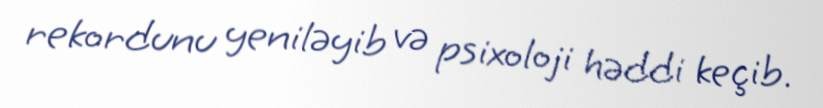
rekordunu yeniləyib və psixoloji həddi keçib.